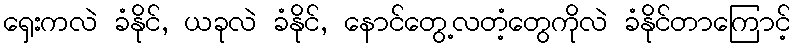
ရှေးကလဲ ခံနိုင်, ယခုလဲ ခံနိုင်, နောင်တွေ့လတံ့တွေကိုလဲ ခံနိုင်တာကြောင့်